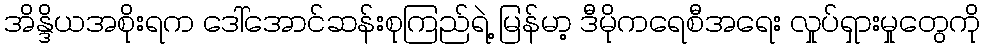
အိန္ဒိယအစိုးရက ဒေါ်အောင်ဆန်းစုကြည်ရဲ့ မြန်မာ့ ဒီမိုကရေစီအရေး လှုပ်ရှားမှုတွေကို